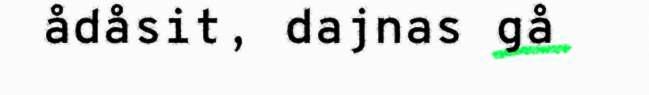
ådåsit, dajnas gå